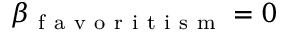
\beta _ { \mathrm { ~ f ~ a ~ v ~ o ~ r ~ i ~ t ~ i ~ s ~ m ~ } } = 0